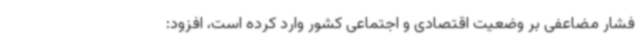
فشار مضاعفی بر وضعیت اقتصادی و اجتماعی کشور وارد کرده است، افزود: